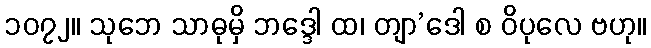
၁၀၇၂။ သုဘေ သာဓုမှိ ဘဒ္ဒေါ ထ၊ တျာ’ဒေါ စ ဝိပုလေ ဗဟု။